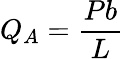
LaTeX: Q_{A}={\frac{Pb}{L}}